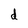
Character: d